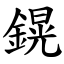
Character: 鎤